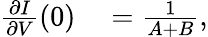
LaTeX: \begin{array}{rl}{\frac{\partial I}{\partial V}(0)}&{{}=\frac{1}{A+B},}\end{array}